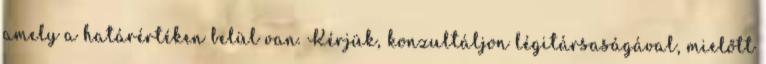
amely a határértéken belül van. Kérjük, konzultáljon légitársaságával, mielőtt